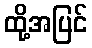
ထို့အပြင်